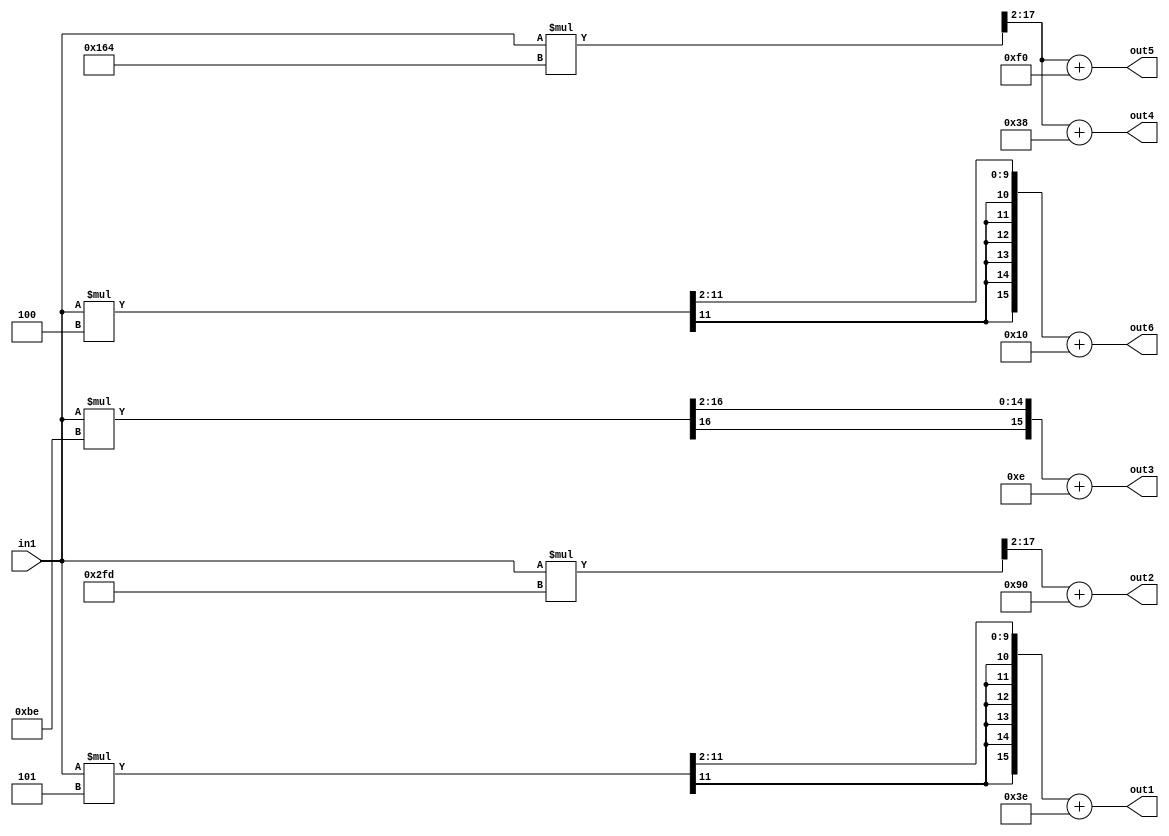
module layer_12(in1,out1,out2,out3,out4,out5,out6);
   input signed [8:0] in1;
   output signed [15:0] out1,out2,out3,out4,out5,out6;
   wire signed [17:0] m1_1,m1_2,m1_3,m1_4,m1_5,m1_6;
   wire signed [9:0] w1_1 = $signed(10'h3FD);
   wire signed [9:0] w1_2 = $signed(10'h2FD);
   wire signed [9:0] w1_3 = $signed(10'h3BE);
   wire signed [9:0] w1_4 = $signed(10'h364);
   wire signed [9:0] w1_5 = $signed(10'h364);
   wire signed [9:0] w1_6 = $signed(10'h3FC);
   wire signed [15:0] b1 = $signed(16'h3E);
   wire signed [15:0] b2 = $signed(16'h90);
   wire signed [15:0] b3 = $signed(16'hE);
   wire signed [15:0] b4 = $signed(16'h38);
   wire signed [15:0] b5 = $signed(16'hF0);
   wire signed [15:0] b6 = $signed(16'h10);
   assign m1_1 = in1*w1_1;
   assign m1_2 = in1*w1_2;
   assign m1_3 = in1*w1_3;
   assign m1_4 = in1*w1_4;
   assign m1_5 = in1*w1_5;
   assign m1_6 = in1*w1_6;
   assign out1 = m1_1[17:2]+b1;
   assign out2 = m1_2[17:2]+b2;
   assign out3 = m1_3[17:2]+b3;
   assign out4 = m1_4[17:2]+b4;
   assign out5 = m1_5[17:2]+b5;
   assign out6 = m1_6[17:2]+b6;
endmodule